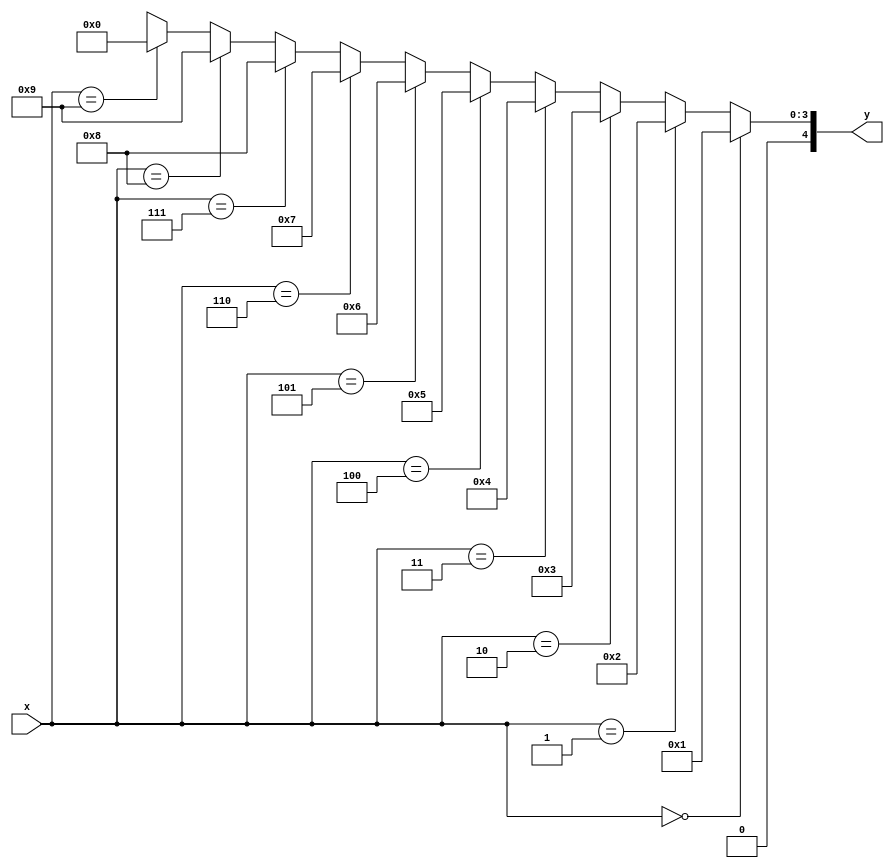
module bcd(x,y);
  input [4:0] x;
  output reg [4:0] y;

  always@ (x,y) begin
    if(x == 4'b0000) begin
      y = 4'b0001;
    end
    else if(x == 4'b0001) begin
      y = 4'b0010;
    end
    else if(x == 4'b0010) begin
      y = 4'b0011;
    end
    else if(x == 4'b0011) begin
      y = 4'b0100;
    end
    else if(x == 4'b0100) begin
      y = 4'b0101;
    end
    else if(x == 4'b0101) begin
      y = 4'b0110;
    end
    else if(x == 4'b0110) begin
      y = 4'b0111;
    end
    else if(x == 4'b0111) begin
      y = 4'b1000;
    end
    else if(x == 4'b1000) begin
      y = 4'b1001;
    end
    else if(x == 4'b1001) begin
      y = 4'b0000;
    end
    else begin
      y = 4'bx;
    end
  end
endmodule